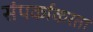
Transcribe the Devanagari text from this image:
संपर्काकरता